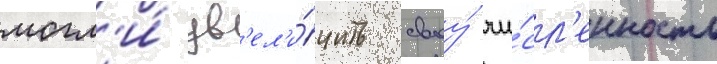
могл'и́ ув'ел'и́чить своу́ чи́сл'енность